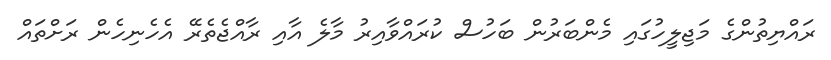
ރައްޔިތުންގެ މަޖިލީހުގައި މެންބަރުން ބަހުސް ކުރައްވާއިރު މާލެ އާއި ރާއްޖެތެރޭ އެހެނިހެން ރަށްތައް